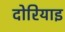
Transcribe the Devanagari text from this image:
दोरियाइ